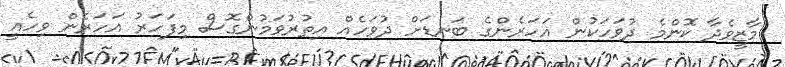
މާޒީވެދާ ކޮންމެ ދުވަހަކުން އަހަރެންގެ ބަނޑަށް ދުވަހެއް އިތުރުވަމުންގޮސް މިފަހަރު އަހަރެން ވިހެއީ